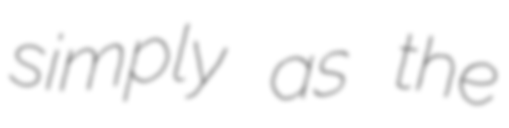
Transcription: simply as the